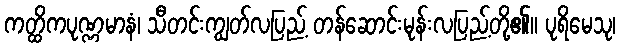
ကတ္ထိကပုဏ္ဏမာနံ၊ သီတင်းကျွတ်လပြည့် တန်ဆောင်းမုန်းလပြည့်တို့၏။ ပုရိမေသု၊